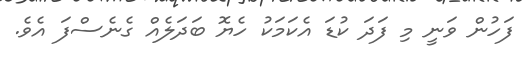
ފަހުން ވަނީ މި ފަދަ ކުޑަ އެކަމަކު ހެޔޮ ބަދަލެއް ގެނެސްފަ އެވެ.